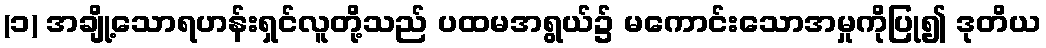
(၁) အချို့သောရဟန်းရှင်လူတို့သည် ပထမအရွယ်၌ မကောင်းသောအမှုကိုပြု၍ ဒုတိယ